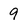
Character: 9